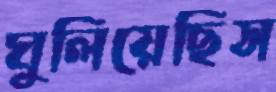
ঘুলিয়েছিস